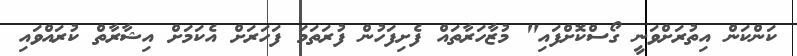
ކަންކަން އިތުރަށްވަނީ ގޯސްކޮށްފައި" މުޒާހަރާތައް ފެށިފަހުން ފުރަތަމަ ފަހަރަށް އެކަމަށް އިޝާރާތް ކުރައްވައި